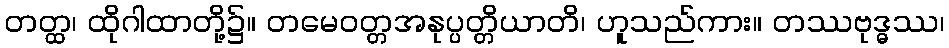
တတ္ထ၊ ထိုဂါထာတို့၌။ တမေဝတ္တအနုပ္ပတ္တိယာတိ၊ ဟူသည်ကား။ တဿဗုဒ္ဓဿ၊